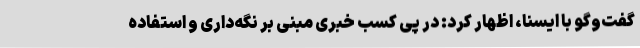
گفت‌وگو با ایسنا، اظهار کرد: در پی کسب خبری مبنی بر نگه‌داری و استفاده